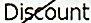
DISCOUNT